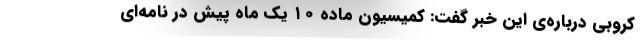
کروبی درباره‌ی این خبر گفت: کمیسیون ماده ۱۰ یک ماه پیش در نامه‌ای